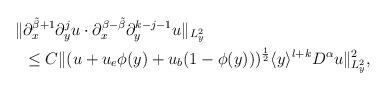
LaTeX: \begin{align*}\begin{aligned}\Vert & \partial_x^{\tilde{\beta}+1}\partial_y^ju\cdot \partial_x^{\beta-\tilde{\beta}}\partial_y^{k-j-1}u\Vert_{L^2_y}\\ &\leq C\Vert (u+u_e\phi(y)+u_b(1-\phi(y)))^{\frac{1}{2}}\langle y\rangle^{l+k}D^\alpha u \Vert_{L^2_y}^2,\end{aligned}\end{align*}